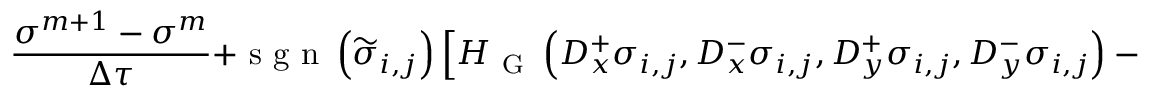
\frac { \sigma ^ { m + 1 } - \sigma ^ { m } } { \Delta \tau } + \textrm { s g n } \left( \widetilde { \sigma } _ { i , j } \right) \left[ H _ { \mathrm { ~ G ~ } } \left( D _ { x } ^ { + } \sigma _ { i , j } , D _ { x } ^ { - } \sigma _ { i , j } , D _ { y } ^ { + } \sigma _ { i , j } , D _ { y } ^ { - } \sigma _ { i , j } \right) - 1 \right] = 0 ,